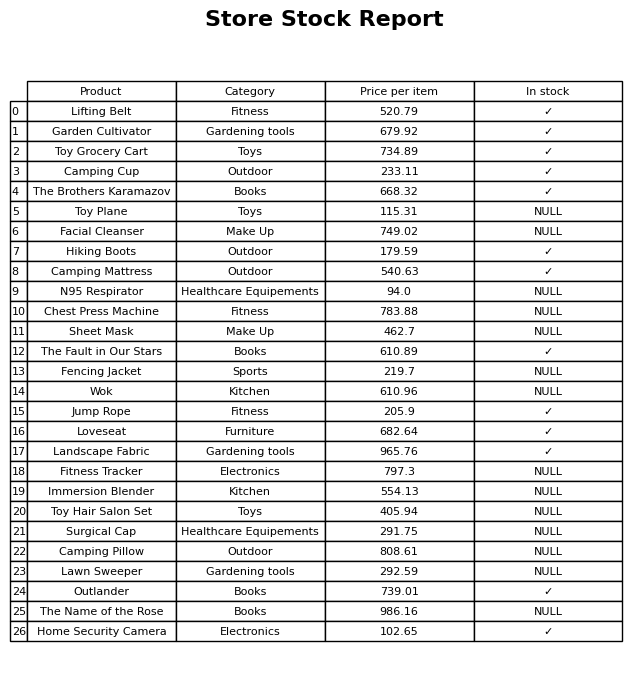
question: What is the price for Home Security Camera?
answer: The price of Home Security Camera is 102.65.